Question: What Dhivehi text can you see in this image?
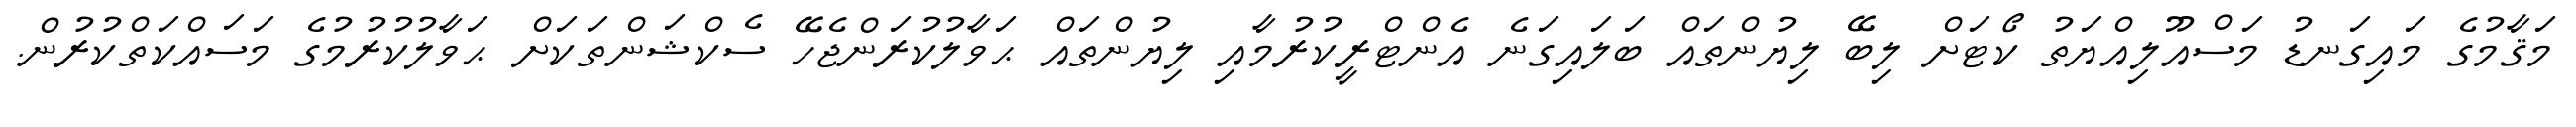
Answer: މަޤާމުގެ މައިގަނޑު މަސްއޫލިއްޔަތު ކޯޓަށް ލިބޭ ލިޔުންތައް ބަލައިގަނެ އެންޓްރީކުރުމާއި ލިޔުންތައް ޙަވާލުކުރަންޖެހޭ ސެކްޝަންތަކަށް ޙަވާލުކުރުމުގެ މަސައްކަތްކުރުން.